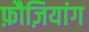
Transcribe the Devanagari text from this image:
फ़ौज़ियांग